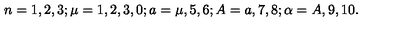
n = 1 , 2 , 3 ; \mu = 1 , 2 , 3 , 0 ; a = \mu , 5 , 6 ; A = a , 7 , 8 ; \alpha = A , 9 , 1 0 . \